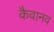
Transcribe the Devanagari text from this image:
कैवानव